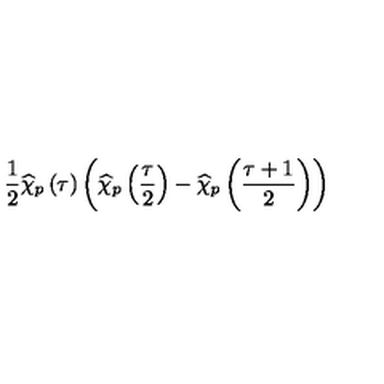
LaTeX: \frac { 1 } { 2 } \widehat { \chi } _ { p } \left( \tau \right) \left( \widehat { \chi } _ { p } \left( \frac { \tau } { 2 } \right) - \widehat { \chi } _ { p } \left( \frac { \tau + 1 } { 2 } \right) \right)